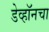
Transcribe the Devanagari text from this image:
डेव्हॉनचा